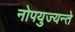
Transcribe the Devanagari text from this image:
नोपयुज्यन्ते